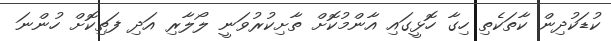
ކުޑަކުދިން ކާތަކެތި ހިގާ ހޮޅީގައި އާންމުކޮށް ތާށިކުރުވަނީ ލޯލާރި އަދި ފަތިކޮށް ހުންނަ